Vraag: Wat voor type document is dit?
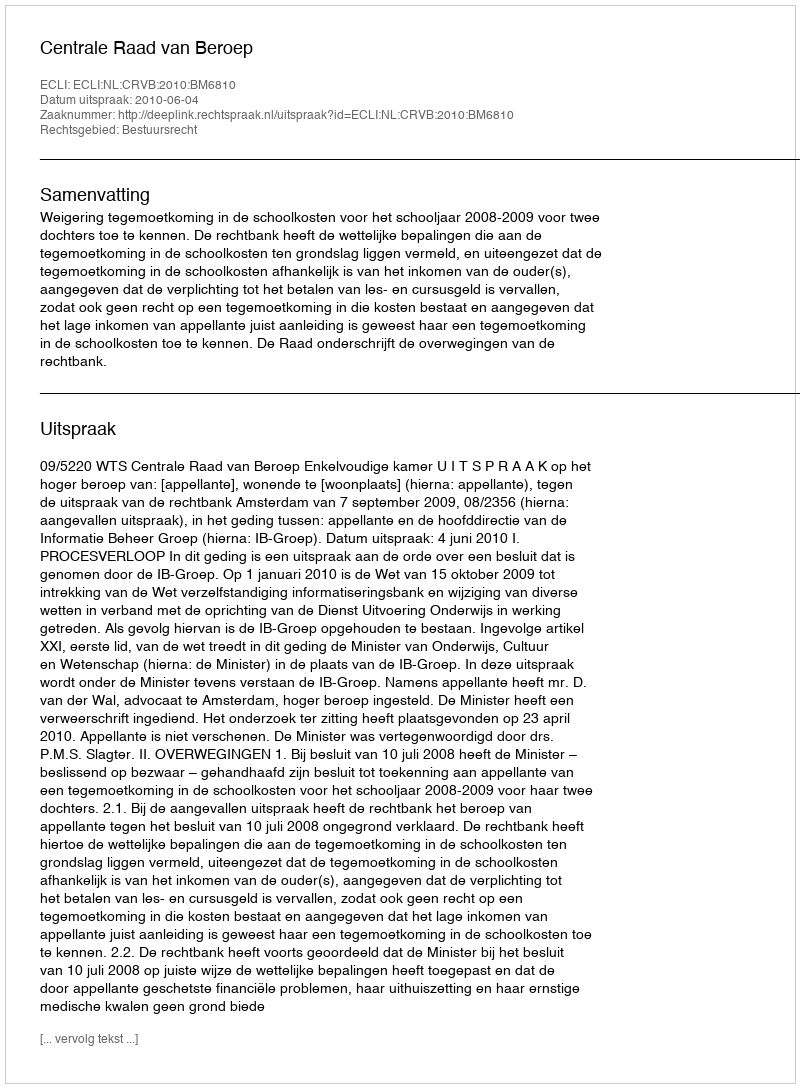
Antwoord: Uitspraak